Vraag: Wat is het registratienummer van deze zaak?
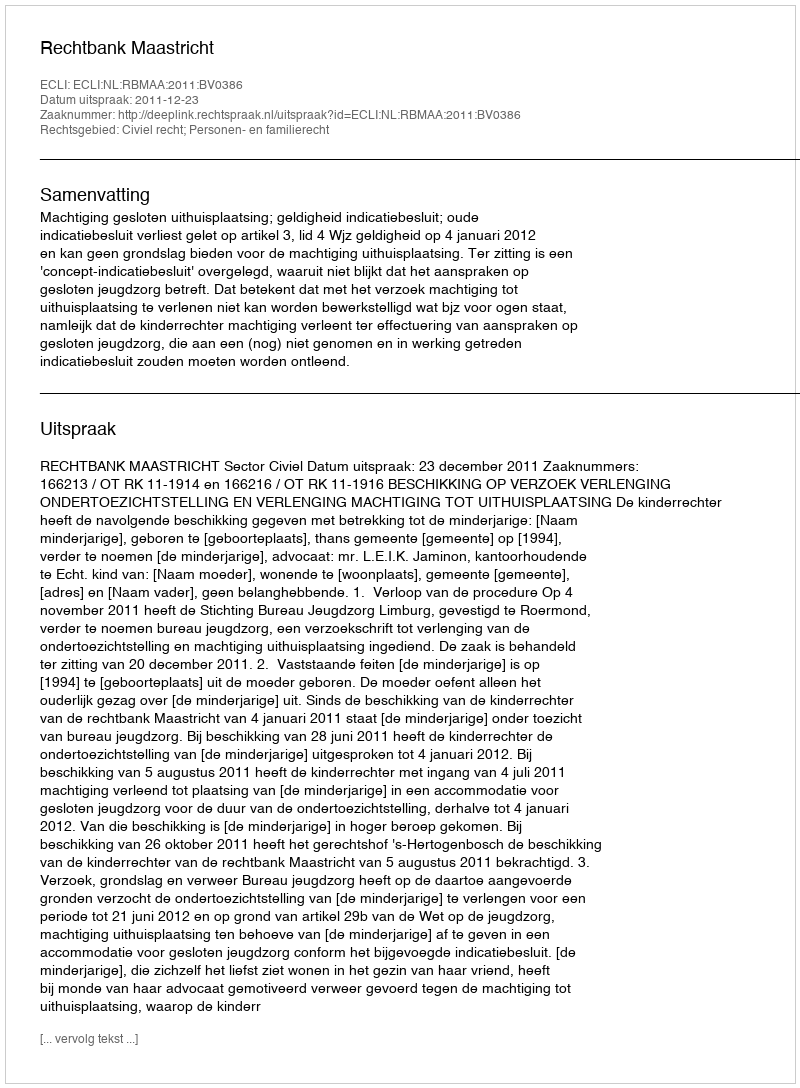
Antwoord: http://deeplink.rechtspraak.nl/uitspraak?id=ECLI:NL:RBMAA:2011:BV0386